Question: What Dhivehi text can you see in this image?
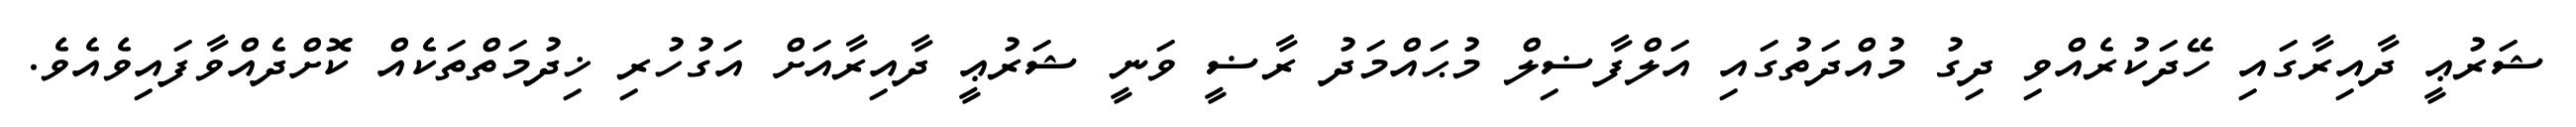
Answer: ޝަރުޢީ ދާއިރާގައި ހޭދަކުރެއްވި ދިގު މުއްދަތުގައި އަލްފާޟިލް މުޙައްމަދު ރާޟީ ވަނީ ޝަރުޢީ ދާއިރާއަށް އަގުހުރި ޚިދުމަތްތަކެއް ކޮށްދެއްވާފައިވެއެވެ.